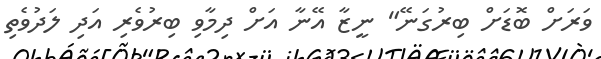
ވަރަށް ބޮޑަށް ބިރުގަނޭ" ނީޒާ އޭނާ އަށް ދިމާވި ބިރުވެރި އަދި ލަދުވެތި